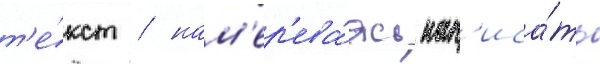
т'е́кст / нам'ер'ева́ясь нап'иса́ть